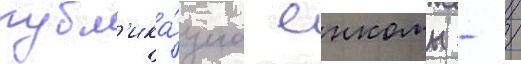
публ'ика́циа енкомы - /